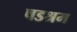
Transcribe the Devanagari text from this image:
षडश्रम